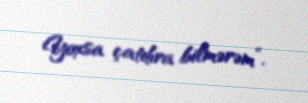
Yoxsa çatdıra bilmərəm”.